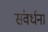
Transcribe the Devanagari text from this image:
संवर्धना